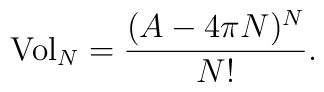
{\rm{Vol}}_{N}=\frac{(A-4\pi N)^{N}}{N!}.